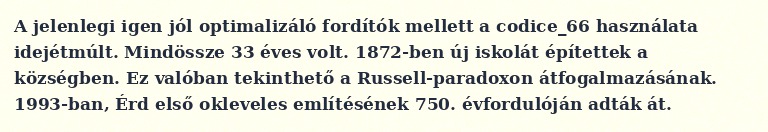
A jelenlegi igen jól optimalizáló fordítók mellett a codice_66 használata idejétmúlt. Mindössze 33 éves volt. 1872-ben új iskolát építettek a községben. Ez valóban tekinthető a Russell-paradoxon átfogalmazásának. 1993-ban, Érd első okleveles említésének 750. évfordulóján adták át.